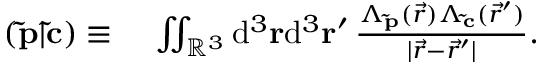
\begin{array} { r l } { ( \mathbf { \tilde { p } } | \mathbf { \tilde { c } } ) \equiv } & { { } \, \iint _ { \mathbb { R } ^ { 3 } } \mathrm { d } ^ { 3 } \ensuremath \mathbf { r } \mathrm { d } ^ { 3 } \ensuremath \mathbf { r } ^ { \prime } \, \frac { \Lambda _ { \mathbf { \tilde { p } } } ( \vec { r } ) \Lambda _ { \mathbf { \tilde { c } } } ( \vec { r } ^ { \prime } ) } { \vert \vec { r } - \vec { r } ^ { \prime } \vert } . } \end{array}